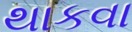
થાકવા